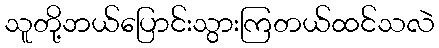
သူတို့ဘယ်ပြောင်းသွားကြတယ်ထင်သလဲ